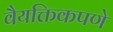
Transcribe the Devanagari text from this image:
वैयक्तिकपणे